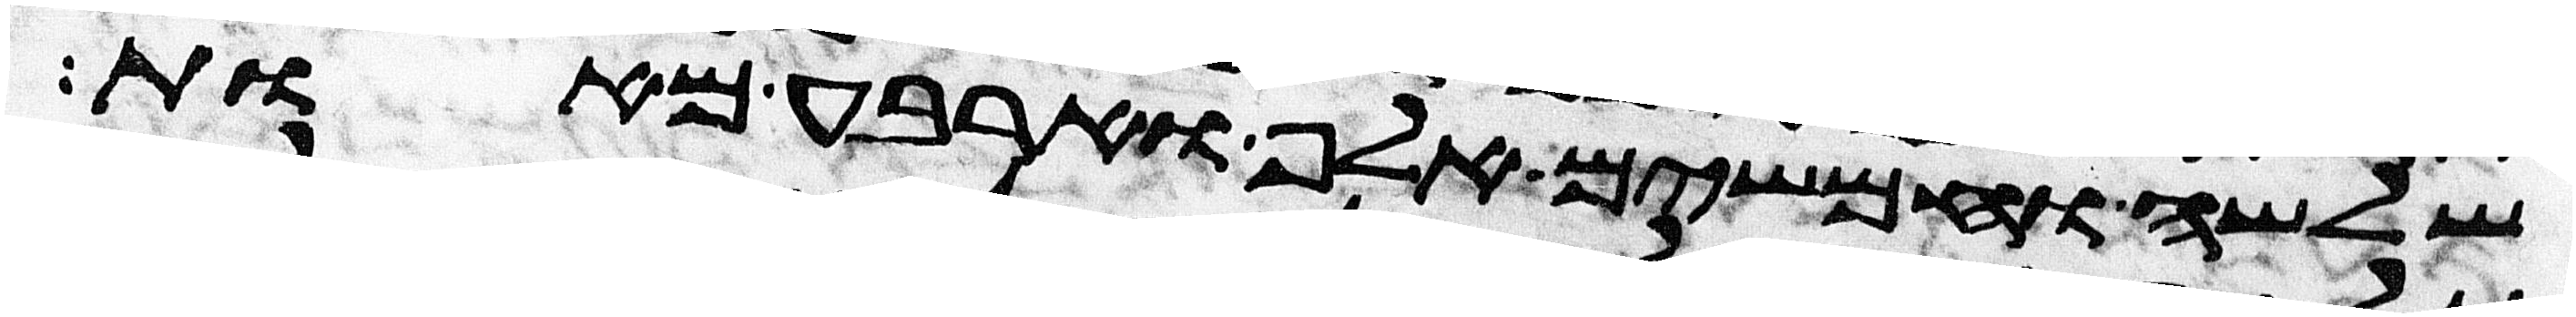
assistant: שלשה וחמשים אלף וארבע מאות